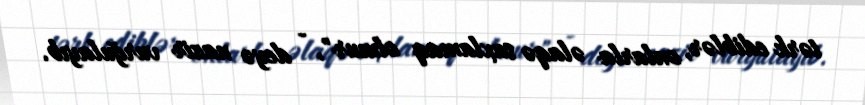
tərk ediblər, onlarla əlaqə saxlamaq olmur", - deyə nazir vurğulayıb.